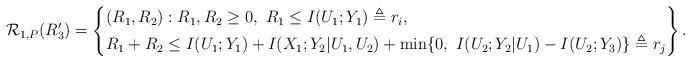
LaTeX: \begin{align*} \mathcal{R}_{1,P}(R_3')= \left\{\begin{aligned} &(R_1,R_2):R_1,R_2\geq 0,\ R_1\leq I(U_1;Y_1) \triangleq r_i,\\ &R_1+R_2 \leq I(U_1;Y_1)+ I(X_1;Y_2|U_1,U_2)+ \min\{0,\ I(U_2;Y_2|U_1)-I(U_2;Y_3)\} \triangleq r_j\\ \end{aligned}\right\}.\end{align*}